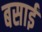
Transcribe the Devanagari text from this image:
बसाईं